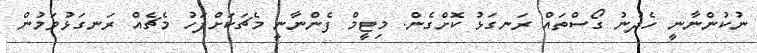
ނުކުންނާނީ ހެދުނު ގޯސްތައް ރަނގަޅު ކޮށްގެން. މިޓީމް ފެންނާނީ މެޗަކަށްފަހު މެޗެއް ރަނގަޅުވަމުން